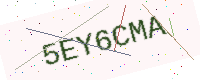
Text: 5EY6CMA